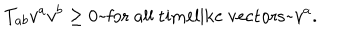
T _ { a b } v ^ { a } v ^ { b } \geq 0 \mathrm { ~ f o r ~ a l l ~ t i m e l i k e ~ v e c t o r s ~ } v ^ { a } .